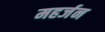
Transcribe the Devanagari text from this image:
महर्जन